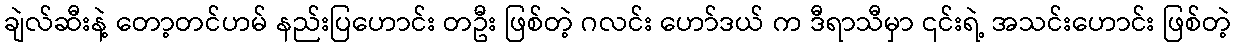
ချဲလ်ဆီးနဲ့ တော့တင်ဟမ် နည်းပြဟောင်း တဦး ဖြစ်တဲ့ ဂလင်း ဟော်ဒယ် က ဒီရာသီမှာ ၎င်းရဲ့ အသင်းဟောင်း ဖြစ်တဲ့